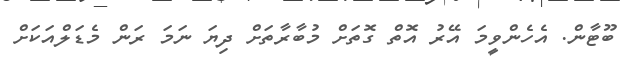
ބޫޓާން. އެހެންވީމަ އޭރު އޮތް ގޮތަށް މުބާރާތަށް ދިޔަ ނަމަ ރަން މެޑަލްއަކަށް